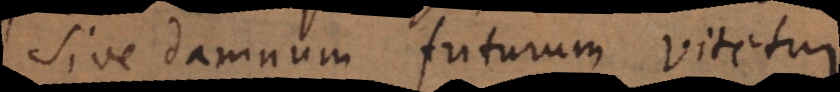
sive damnum futurum vitetur.